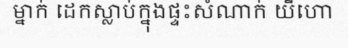
ម្នាក់ ដេកស្លាប់ក្នុងផ្ទះសំណាក់ យីហោ